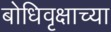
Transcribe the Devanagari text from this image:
बोधिवृक्षाच्या